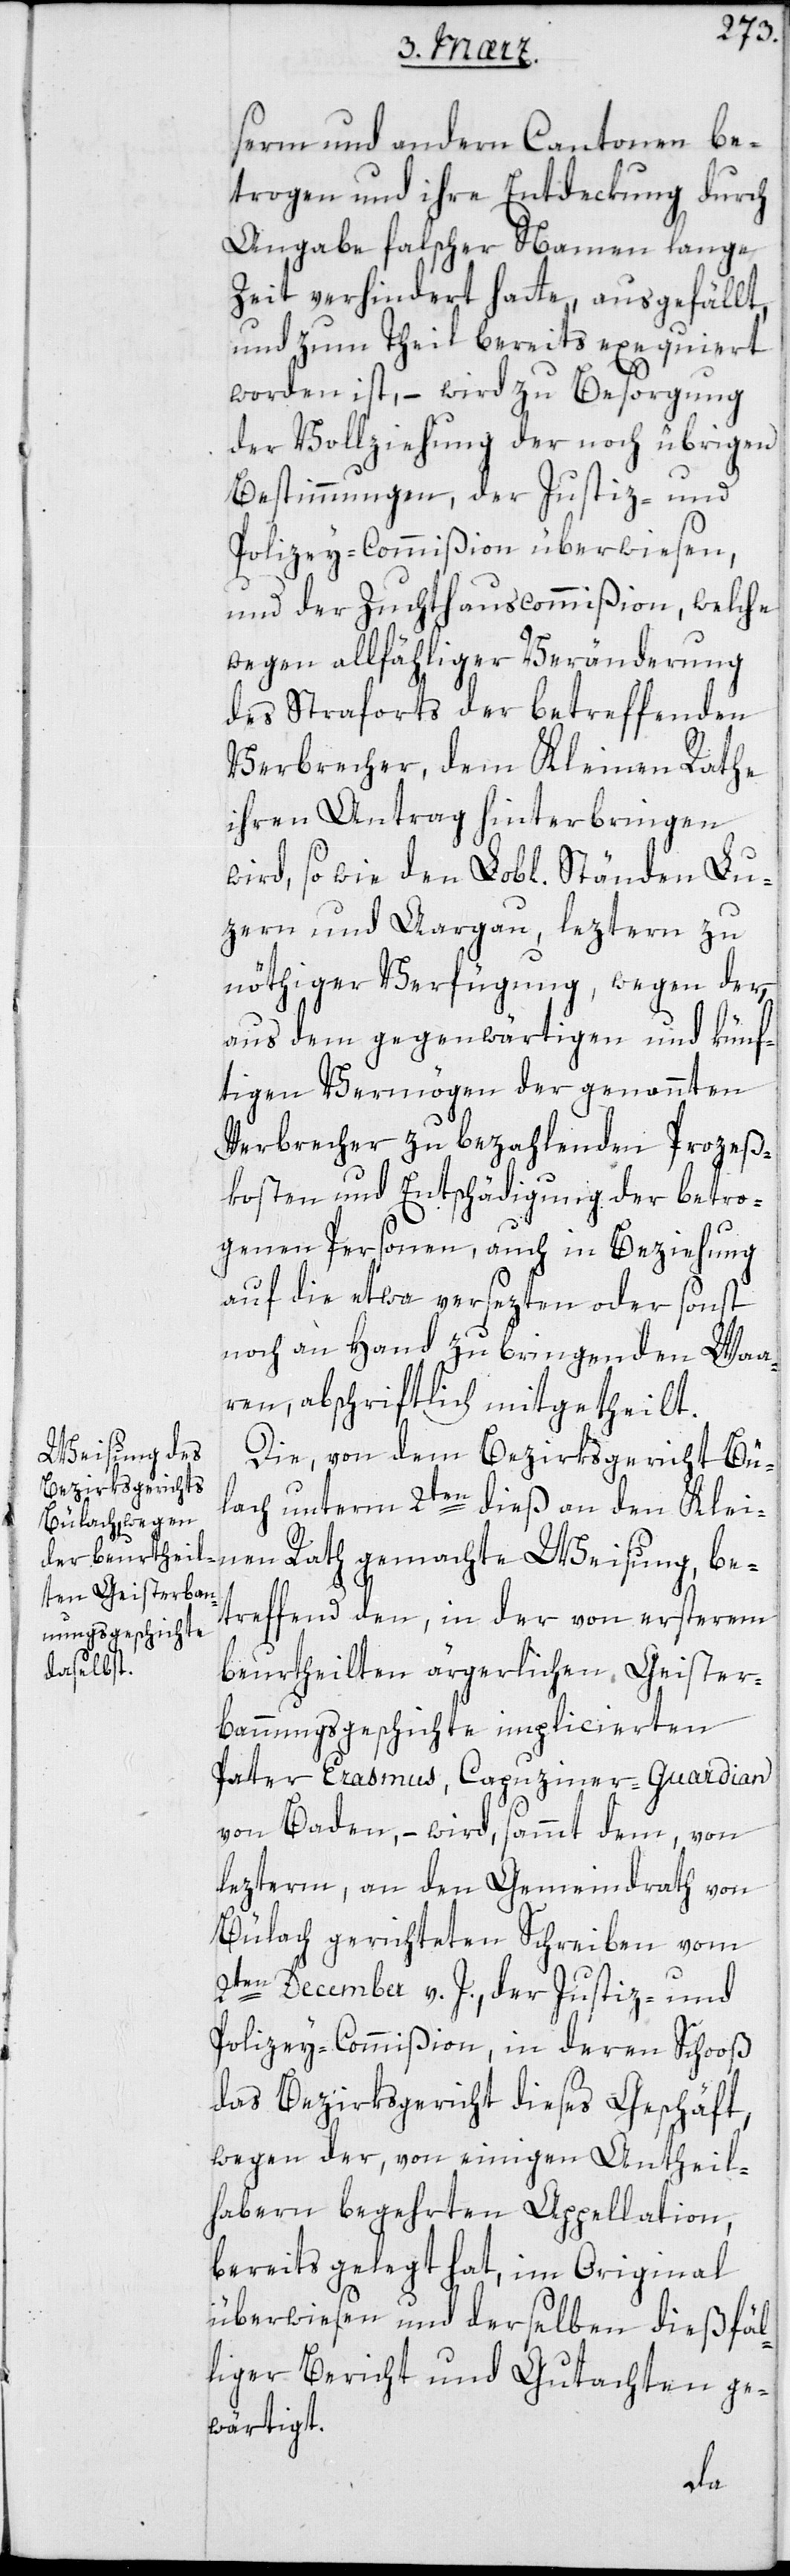
serm und andern Cantonen be¬
trogen und ihre Entdekung durch
Angabe falscher Namen lange
Zeit verhindert hatte, ausgefällt,
und zum Theil bereits exequiert
worden ist, – wird zu Besorgung
der Vollziehung der noch übrigen
Bestimmungen, der Justiz- und
Polizey-Commißion überwiesen,
und der Zuchthauscommißion, welche
wegen allfälliger Veränderung
des Straforts der betreffenden
Verbrecher, dem Kleinen Rathe
ihren Antrag hinterbringen
zern und Aargau, lezteren zu
nöthiger Verfügung, wegen der
aus dem gegenwärtigen und künf¬
tigen Vermögen der genannten
Verbrecher zu bezahlenden Prozeß¬
kosten und Entschädigung der betro¬
genen Personen, auch in Beziehung
auf die etwa versezten oder sonst
noch an Hand zu bringenden Waa¬
ren, abschriftlich mitgetheilt.
Weisung, be¬
Die von dem Bezirksgericht Bü¬
lach unterm 2ten dieß an den Klei¬
treffend den in der von ersterem
beurtheilten ärgerlichen Geister¬
bannungsgeschichte implicierten
Pater Erasmus, Capuziner-Guardian
von Baden, – wird sammt dem von
lezterm, an den Gemeindrath von
Bülach gerichteten Schreiben vom
2ten December v. J., der Justiz- und
Polizey-Commißion, in deren Schooß
das Bezirksgericht dieses Geschäft,
wegen der, von einigen Antheil¬
habern begehrten Appellation,
bereits gelegt hat, im Original
überwiesen und derselben dießfäl¬
liger Bericht und Gutachten ge¬
wärtigt.
nen